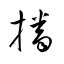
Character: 播